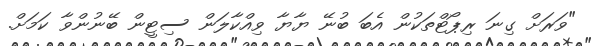
"ވަރަށް ގިނަ ރިޕޯޓްތަކުން އެބަ ބުނޭ ޔާޔާ ވިއްކާލަން ސިޓީން ބޭނުންވާ ކަމަށް.